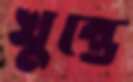
খুন্তে